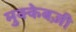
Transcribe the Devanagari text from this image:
मुक्केबज़ी